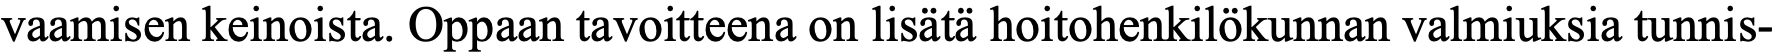
vaamisen keinoista. Oppaan tavoitteena on lisätä hoitohenkilökunnan valmiuksia tunnis-